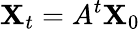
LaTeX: \mathbf{X}_{t}=A^{t}\mathbf{X}_{0}